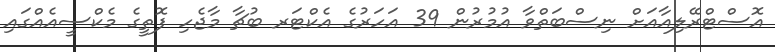
އޮސްޓްރޭލިއާއަށް ނިސްބަތްވާ އުމުރުން 39 އަހަރުގެ އެކްޓަރ ބުޗާ މާޖެހި ފޮތީގެ މެކްސީއެއްގައި